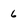
Character: 6